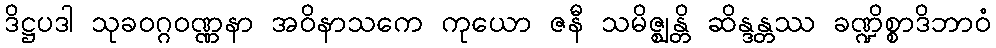
ဒိဋ္ဌပဒါ သုခဝဂ္ဂဝဏ္ဏနာ အဝိနာသကေ ကုယော ဇနီ သမိဇ္ဈန္တိ ဆိန္ဒန္တဿ ခဏ္ဍိစ္စာဒိဘာဝံ